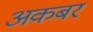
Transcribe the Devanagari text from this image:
अकबर